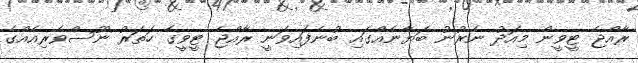
ރާއްޖެ ޓީވީން މިއަދު ނެރުނު ބަޔާނެއްގައި ބުނެފައިވަނީ ރާއްޖެ ޓީވީގެ ހަތަރު ނޫސްވެރިއެއްގެ